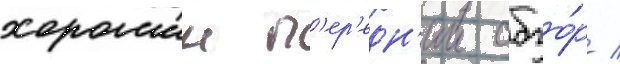
хорошии п'ер'едн'ии обзо́р /